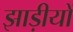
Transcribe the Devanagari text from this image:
झाड़ीयों